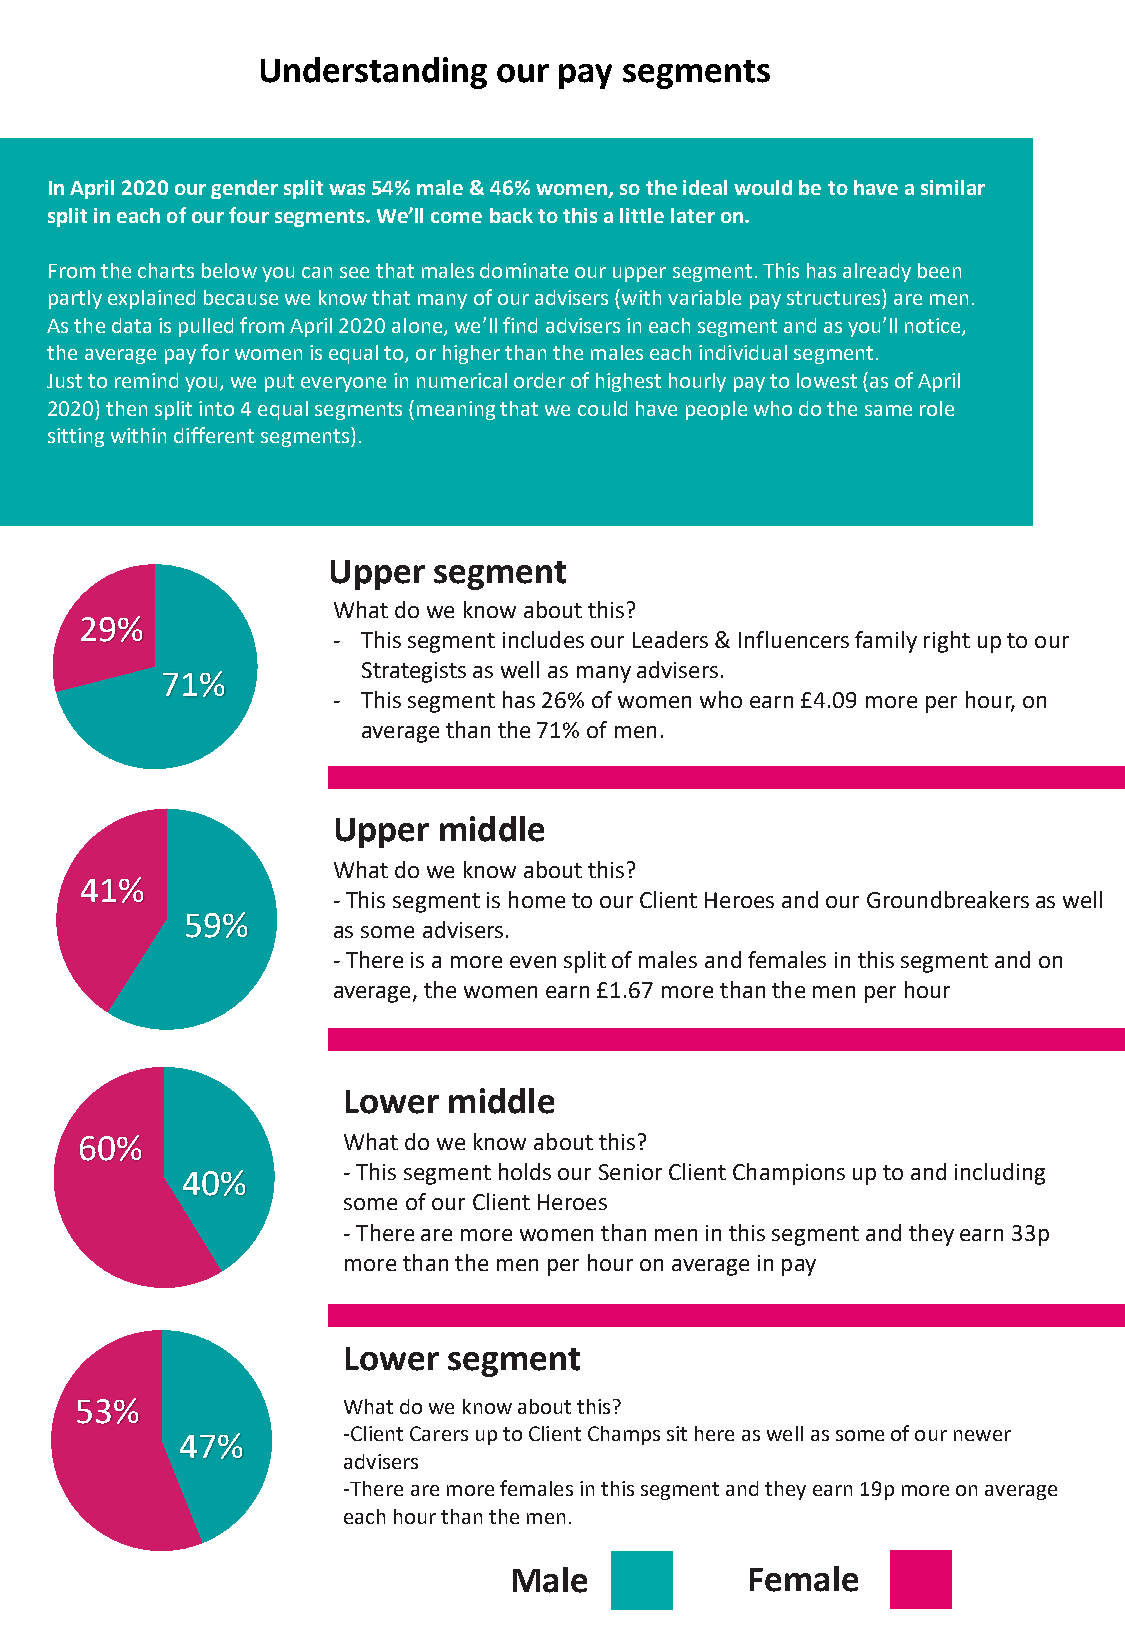
Understanding   our pay segments
 In April 2020 our gender split was 54% male & 46% women, so the ideal would be to have a similar
 split in each of our four segments. We’ll come back to this a little later on.
 From the charts below you can see that males dominate our upper segment. This has already been
 partly explained because we know that many of our advisers (with variable pay structures) are men.
 As the data is pulled from April 2020 alone, we’ll find advisers in each segment and as you’ll notice,
 the average pay for women is equal to, or higher than the males each individual segment.
 Just to remind you, we put everyone in numerical order of highest hourly pay to lowest (as of April
 2020) then split into 4 equal segments (meaning that we could have people who do the same role
 sitting within different segments).
 Upper  segment
 What do we know about this?
 29%
 - This segment includes our Leaders & Influencers family right up to our
 Strategists as well as many advisers.
 71%
 - This segment has 26% of women who earn £4.09 more per hour, on
 average than the 71% of men.
 Upper  middle
 What do we know about this?
 41%
 -This segment is home to our Client Heroes and our Groundbreakersas well
 59%
 as some advisers.
 -There is a more even split of males and females in this segment and on
 average, the women earn £1.67 more than the men per hour
 Lower  middle
 60%               What do we know about this?
 40%        -This segment holds our Senior Client Champions up to and including
 some of our Client Heroes
 -There are more women than men in this segment and they earn 33p
 more than the men per hour on average in pay
 Lower  segment
 53%               What do we know about this?
 47%        -Client Carers up to Client Champs sit here as well as some of our newer
 advisers
 -There are more females in this segment and they earn 19p more on average
 each hour than the men.
 Male           Female